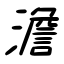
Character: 澹